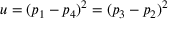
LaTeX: u = ( p _ { 1 } - p _ { 4 } ) ^ { 2 } = ( p _ { 3 } - p _ { 2 } ) ^ { 2 }